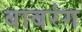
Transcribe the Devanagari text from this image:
बाबरंग